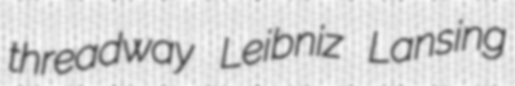
threadway Leibniz Lansing